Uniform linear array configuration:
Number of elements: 16
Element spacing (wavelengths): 1
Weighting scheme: binomial
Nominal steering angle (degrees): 45
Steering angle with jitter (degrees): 44.586
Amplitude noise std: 0.05
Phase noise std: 0.05

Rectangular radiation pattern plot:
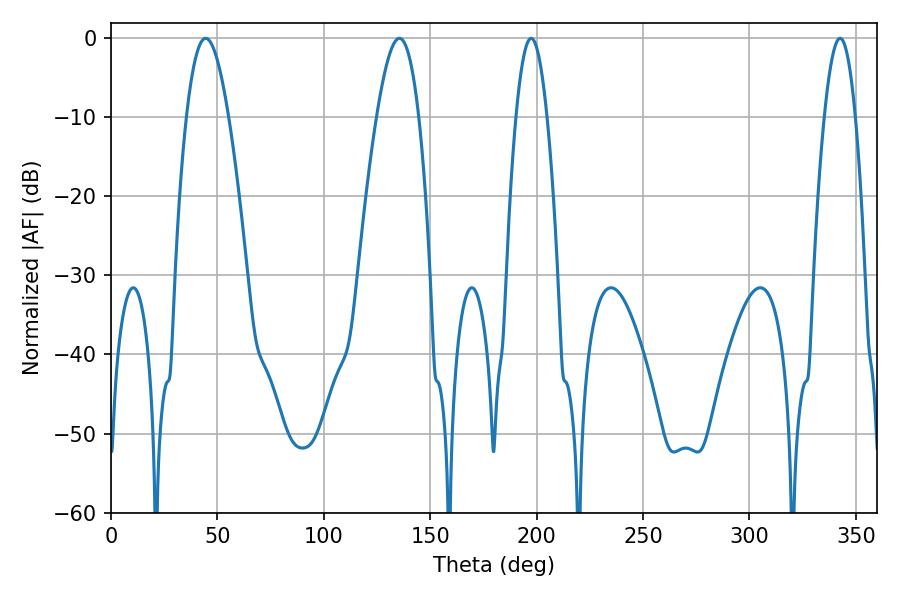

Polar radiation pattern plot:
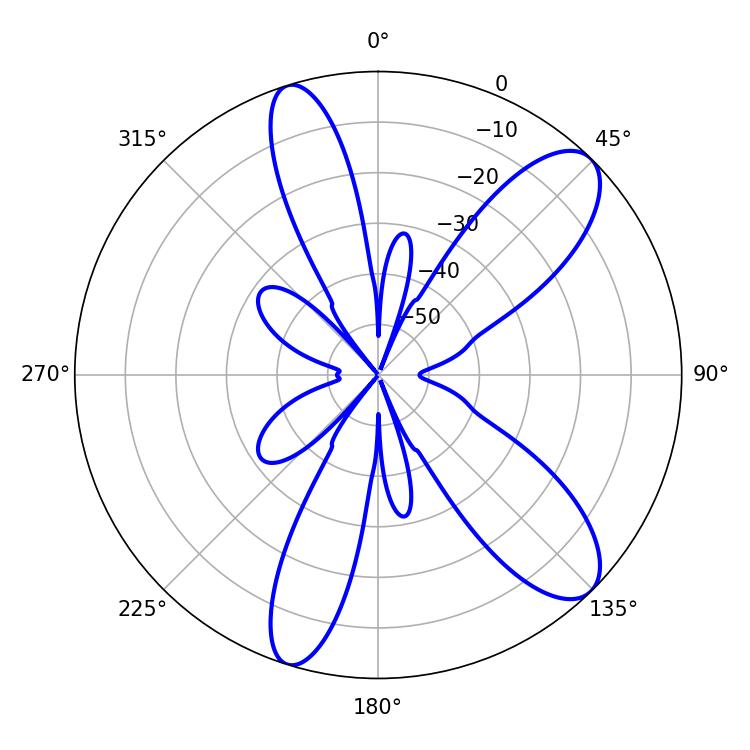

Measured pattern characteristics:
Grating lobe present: TRUE
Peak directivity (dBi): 10.094
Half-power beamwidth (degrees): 10.62
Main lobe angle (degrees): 44.46